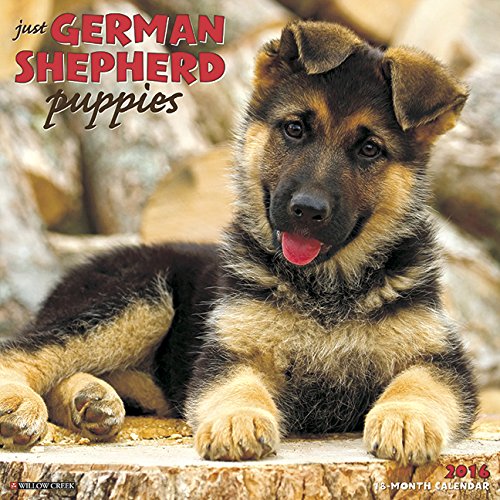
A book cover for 2016 Just German Shepherd Puppies Wall Calendar; Willow Creek Press; Calendars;